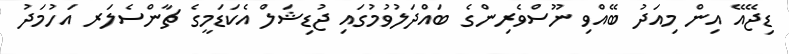
ޑިޖޭއޭ އިން މިއަދު ބޭއްވި ނޫސްވެރިންގެ ބައްދަލުވުމުގައި ޖުޑިޝަލް އެކަޑަމީގެ ޗާންސެލަރ އަހުމަދު